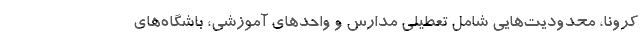
کرونا، محدودیت‌هایی شامل تعطیلی مدارس و واحد‌های آموزشی، باشگاه‌های